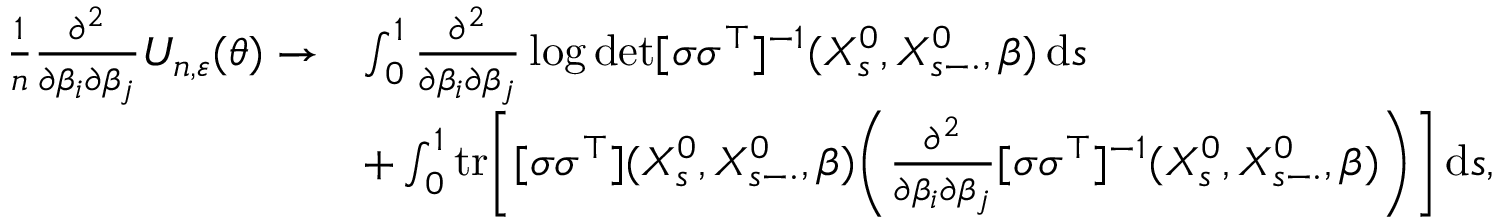
\begin{array} { r l } { \frac { 1 } { n } \frac { \partial ^ { 2 } } { \partial \beta _ { i } \partial \beta _ { j } } U _ { n , \varepsilon } ( \theta ) \to } & { \int _ { 0 } ^ { 1 } \frac { \partial ^ { 2 } } { \partial \beta _ { i } \partial \beta _ { j } } \log \operatorname* { d e t } [ \sigma \sigma ^ { \top } ] ^ { - 1 } ( X _ { s } ^ { 0 } , X _ { s - \cdot } ^ { 0 } , \beta ) \, \mathrm { d } s } \\ & { + \int _ { 0 } ^ { 1 } \mathrm { t r } \Bigg [ [ \sigma \sigma ^ { \top } ] ( X _ { s } ^ { 0 } , X _ { s - \cdot } ^ { 0 } , \beta ) \bigg ( \frac { \partial ^ { 2 } } { \partial \beta _ { i } \partial \beta _ { j } } [ \sigma \sigma ^ { \top } ] ^ { - 1 } ( X _ { s } ^ { 0 } , X _ { s - \cdot } ^ { 0 } , \beta ) \bigg ) \Bigg ] \, \mathrm { d } s , } \end{array}